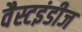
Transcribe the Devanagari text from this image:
वैस्टइंडीज